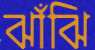
ঝাঁঁঝি